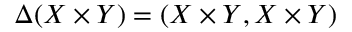
\Delta ( X \times Y ) = ( X \times Y , X \times Y )